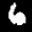
Label: 6